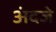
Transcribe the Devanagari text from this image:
अंदजे